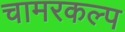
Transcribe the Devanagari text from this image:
चामरकल्प